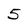
Character: 5